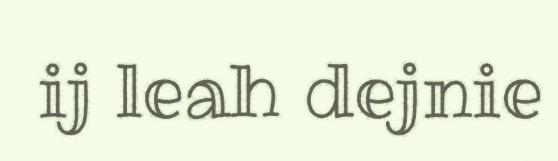
ij leah dejnie